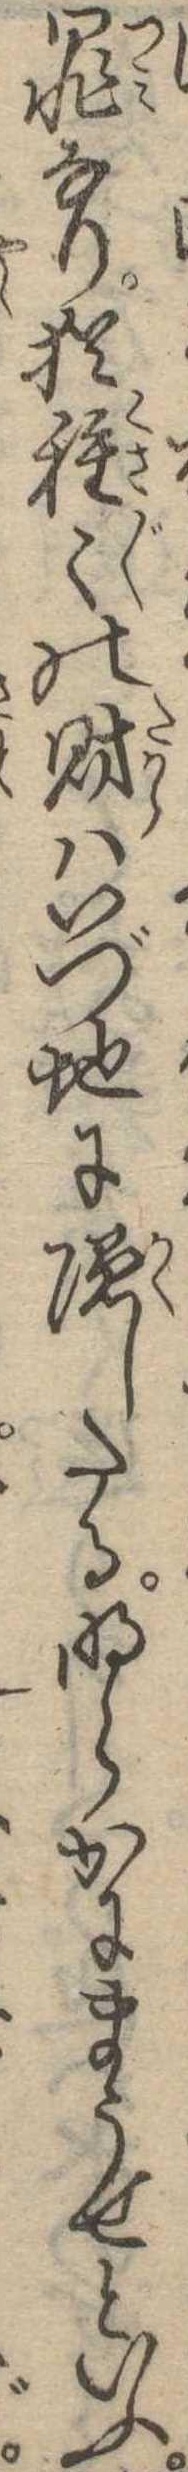
罪なり猶種の財はいづ地に隠したる明らかにまうせといふ